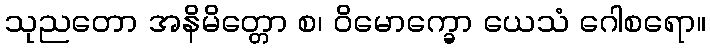
သုညတော အနိမိတ္တော စ၊ ဝိမောက္ခော ယေသံ ဂေါစရော။